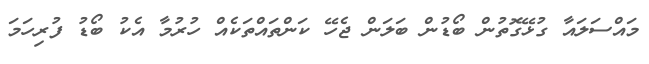
މައްސަލައާ ގުޅޭގޮތުން ބޯޑުން ބަލަން ޖެހޭ ކަންތައްތަކެއް ހުރުމާ އެކު ބޯޑު ފުރިހަމަ